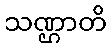
သဏ္ဌာတိ